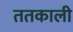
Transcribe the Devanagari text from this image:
ततकाली